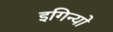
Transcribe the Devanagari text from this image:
इगिन्यो